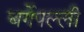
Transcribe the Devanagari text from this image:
बर्गेपल्ली